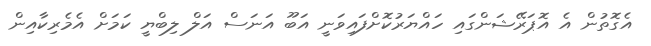
އެގޮތުން އެ އޮޕަރޭޝަންގައި ހައްޔަރުކޮށްފައިވަނީ އަބޫ އަނަސް އަލް ލިބްޔީ ކަމަށް އެމެރިކާއިން